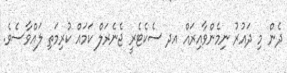
ދެން މި ދައުރު ނިމެންވާއިރައް އދ ސެކެޓެރީ ޖެނެރަލް ކަމައް ކުރިމަތި ލައްވާސެވެ.